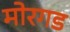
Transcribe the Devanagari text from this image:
मोरगड